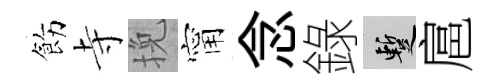
飭寺挽甯念錄暫扈